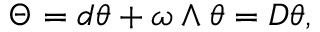
\Theta = d \theta + \omega \wedge \theta = D \theta ,